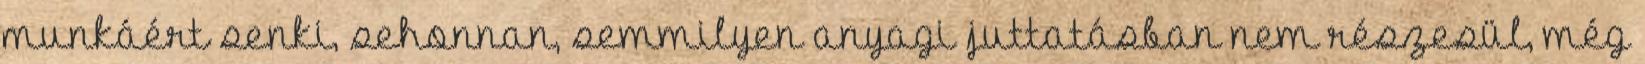
munkáért senki, sehonnan, semmilyen anyagi juttatásban nem részesül, még